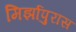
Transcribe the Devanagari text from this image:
मिर्झापुरास